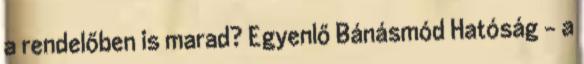
a rendelőben is marad? Egyenlő Bánásmód Hatóság – a